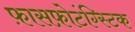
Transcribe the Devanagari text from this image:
फ़ासफ़ोटंग्स्टिक